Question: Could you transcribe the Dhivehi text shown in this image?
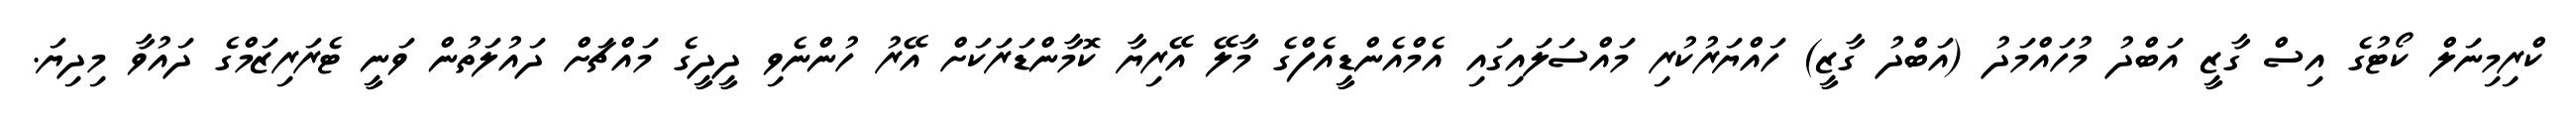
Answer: ކްރިމިނަލް ކޯޓުގެ އިސް ގާޒީ އަބްދު މުހައްމަދު (އަބްދު ގާޒީ) ހައްޔަރުކުރި މައްސަލައިގައި އެމްއެންޑީއެފްގެ މާލޭ އޭރިޔާ ކޮމާންޑަރަކަށް އޭރު ހުންނެވި ދީދީގެ މައްޗަށް ދައުލަތުން ވަނީ ޓެރަރިޒަމްގެ ދައުވާ މިދިޔަ.